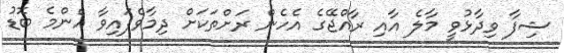
ޝިފާ ވިދާޅުވީ މާލެ އާއި ރާއްޖޭގެ އެހެން ރަށްތަކަށް ދިމާވެފައިވާ އެންމެ ބޮޑު